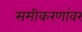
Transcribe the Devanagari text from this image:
समीकरणांवर